Mental hospitals Bombay report 1929-33 - 1929-1933
Year: 1929
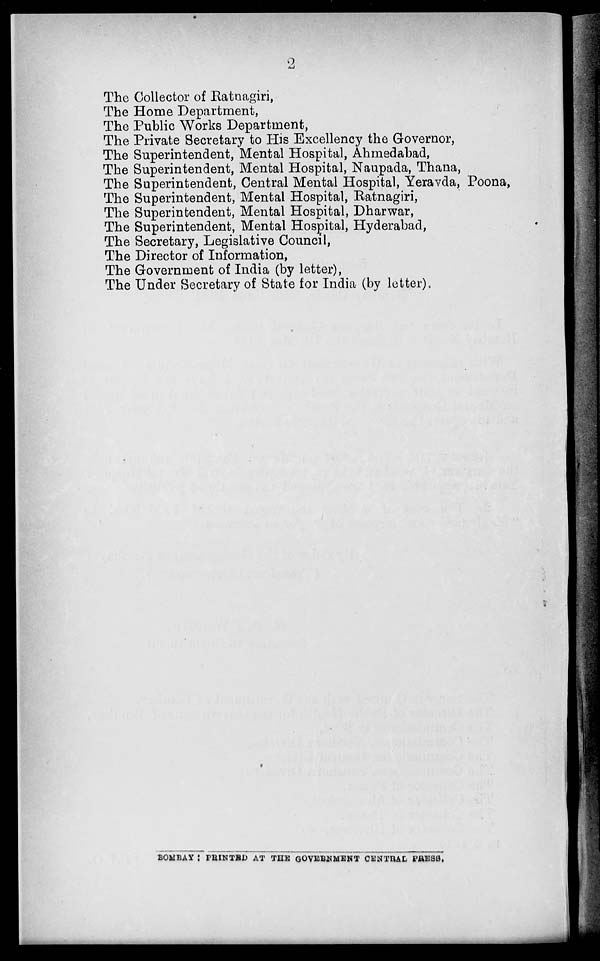
2
The Collector of Ratnagiri,
The Home Department,
The Public Works Department,
The Private Secretary to His Excellency the Governor,
The Superintendent, Mental Hospital, Ahmedabad,
The Superintendent, Mental Hospital, Naupada, Thana,
The Superintendent, Central Mental Hospital, Yeravda, Poona,
The Superintendent, Mental Hospital, Ratnagiri,
The Superintendent, Mental Hospital, Dharwar,
The Superintendent, Mental Hospital, Hyderabad,
The Secretary, Legislative Council,
The Director of Information,
The Government of India (by letter),
The Under Secretary of State for India (by letter).
BOMBAY : PRINTED AT THE GOVERNMENT CENTRAL PRESS.